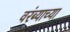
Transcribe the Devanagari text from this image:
वरंब्याच्या